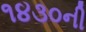
૧૪૩૦ની